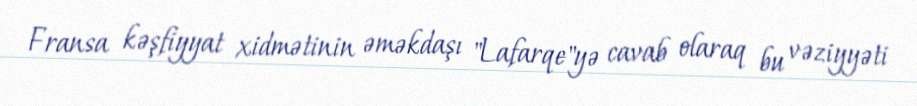
Fransa kəşfiyyat xidmətinin əməkdaşı "Lafarqe"yə cavab olaraq bu vəziyyəti